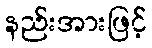
နည်းအားဖြင့်